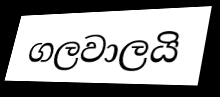
ගලවාලයි